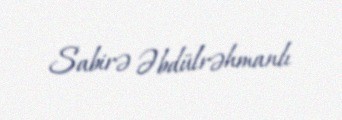
Sabirə Əbdülrəhmanlı